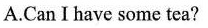
A.Can I have some tea?